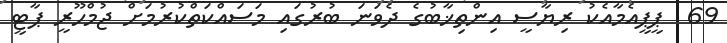
69  ޕީޕީއެމާއެކު ރިޔާސީ އިންތިޚާބުގެ ދެވަނަ ބުރުގައި މަސައްކަތްކުރުމަށް ޖުމްހޫރީ ޕާޓީ